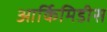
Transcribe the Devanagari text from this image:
आर्किमिडीस